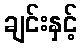
ချင်းနှင့်